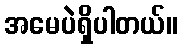
အမေပဲရှိပါတယ်။